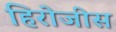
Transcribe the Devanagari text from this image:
हिरोजीस